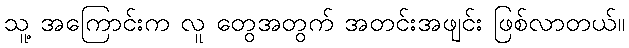
သူ့ အကြောင်းက လူ တွေအတွက် အတင်းအဖျင်း ဖြစ်လာတယ်။